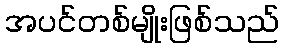
အပင်တစ်မျိုးဖြစ်သည်